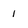
Character: I